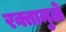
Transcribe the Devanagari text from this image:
रक्तामुळे